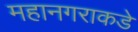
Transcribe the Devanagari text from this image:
महानगराकडे